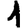
Digit: 1